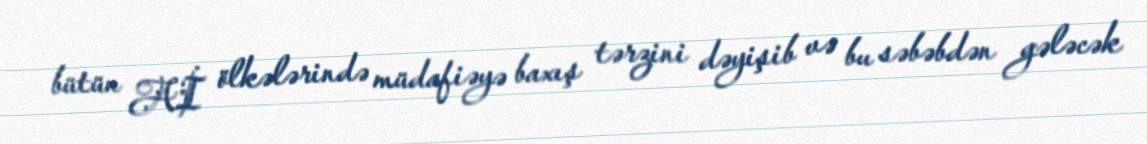
bütün Aİ ölkələrində müdafiəyə baxış tərzini dəyişib və bu səbəbdən gələcək